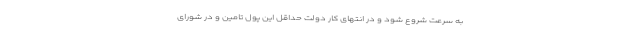
به سرعت شروع شود و در انتهای کار دولت حداقل این پول تامین و در شورای